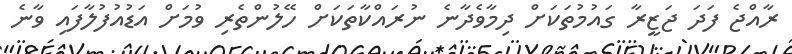
ރާއްޖެ ފަދަ ޖަޒީރާ ގައުމުތަކަށް ދިމާވެދާނެ ނުރައްކާތަކަށް ހޭލުންތެރި ވުމަށް އަޑުއުފުލާފައި ވާނެ